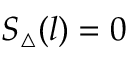
S _ { \triangle } ( l ) = 0